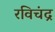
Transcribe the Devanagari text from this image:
रविचंद्र